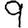
Digit: 9